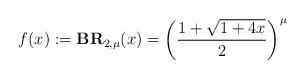
LaTeX: \begin{align*}f(x):=\textbf{BR}_{2,\mu}(x)=\left(\frac{1+\sqrt{1+4x}}{2}\right)^{\mu}\end{align*}